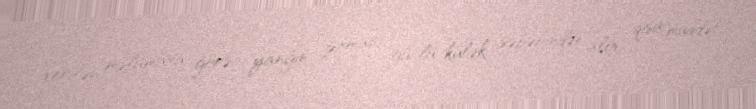
verilən məlumata görə, yanğın zamanı güclü külək səbəbindən alov qısa müddət